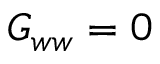
G _ { w w } = 0